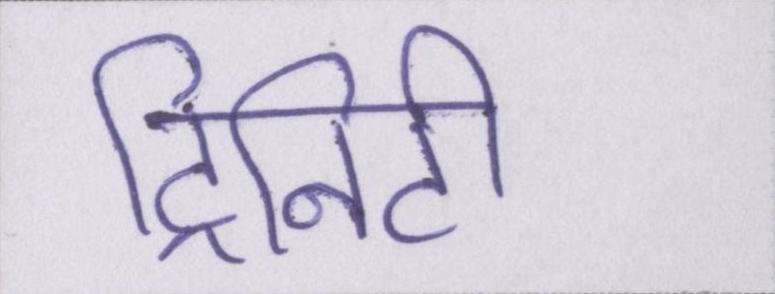
ट्रिनिटी